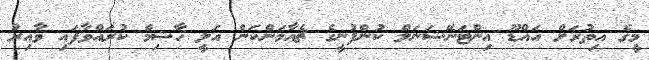
މީގެ އިތުރަށް އައްޑޫ އިންޓަނޭޝަނަލް ކުންފުނީގެ ޗެއާމަންކަން އަލީ ހާޝިމް ކުރައްވާފައި ވާއިރު